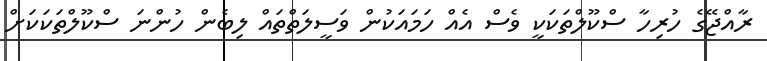
ރާއްޖޭގެ ހުރިހާ ސްކޫލްތަކަކީ ވެސް އެއް ހަމައަކުން ވަސީލަތްތައް ލިބެން ހުންނަ ސްކޫލްތަކަކަށް